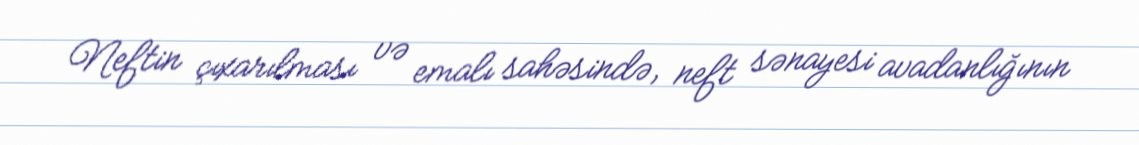
Neftin çıxarılması və emalı sahəsində, neft sənayesi avadanlığının